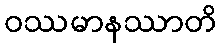
ဝဿမာနဿာတိ